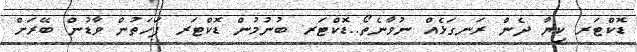
ޑޮކްޓަރ ކިޔާ ދެން ރަނގަޅެއް ނުވާނެތޯ..ޑޮކްޓަރ ބުނުމުން ޑޮކްޓަރ ފަހަތުން ވާޑުން ބޭރަށް